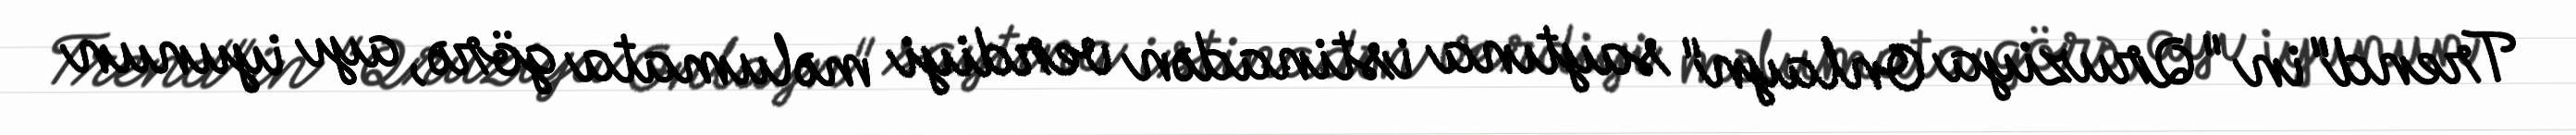
Trend"in "Qruziya Onlayn" saytına istinadən verdiyi məlumata görə, ayı iyunun